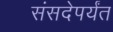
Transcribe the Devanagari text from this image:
संसदेपर्यंत